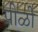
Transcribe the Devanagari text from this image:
पीळी